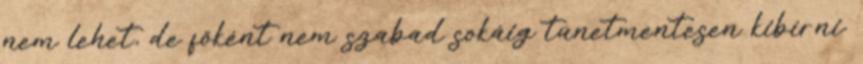
nem lehet, de főként nem szabad sokáig tünetmentesen kibírni.